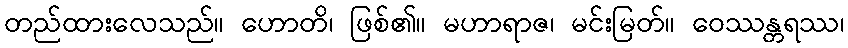
တည်ထားလေသည်။ ဟောတိ၊ ဖြစ်၏။ မဟာရာဇ၊ မင်းမြတ်။ ဝေဿန္တရဿ၊